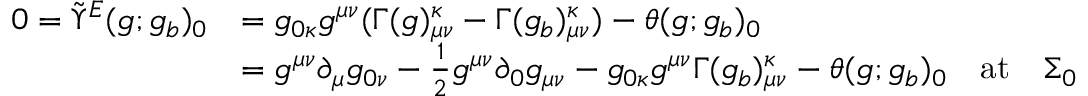
\begin{array} { r l } { 0 = \widetilde { \Upsilon } ^ { E } ( g ; g _ { b } ) _ { 0 } } & { = g _ { 0 \kappa } g ^ { \mu \nu } ( \Gamma ( g ) _ { \mu \nu } ^ { \kappa } - \Gamma ( g _ { b } ) _ { \mu \nu } ^ { \kappa } ) - \theta ( g ; g _ { b } ) _ { 0 } } \\ & { = g ^ { \mu \nu } \partial _ { \mu } g _ { 0 \nu } - \frac { 1 } { 2 } g ^ { \mu \nu } \partial _ { 0 } g _ { \mu \nu } - g _ { 0 \kappa } g ^ { \mu \nu } \Gamma ( g _ { b } ) _ { \mu \nu } ^ { \kappa } - \theta ( g ; g _ { b } ) _ { 0 } \quad \mathrm { a t } \quad \Sigma _ { 0 } } \end{array}